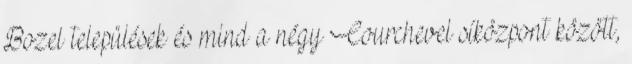
Bozel települések és mind a négy Courchevel síközpont között,